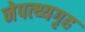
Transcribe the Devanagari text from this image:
नेपत्थ्यगृह